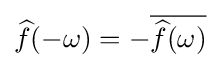
{\widehat {f}}(-\omega )=-{\overline {{\widehat {f}}(\omega )}}